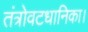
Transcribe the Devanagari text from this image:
तंत्रोवटधानिका।